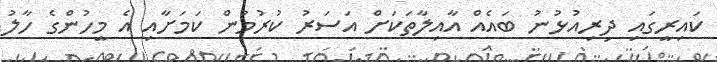
ކައިރީގައި ދިރިއުޅުނު ބައެއް އާއިލާތަކަށް އަސަރު ކުރުމުން ކަމަށާއި އެ މީހުންގެ ހާލު